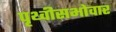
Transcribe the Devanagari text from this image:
पृथ्वीसभोवार